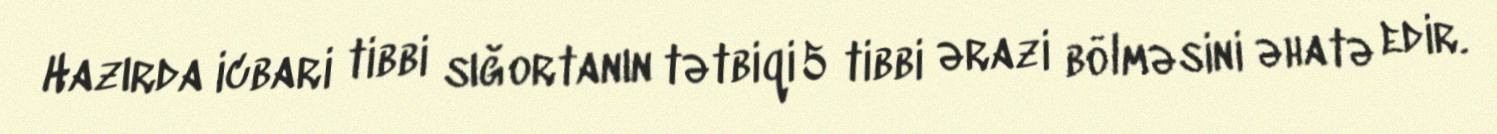
Hazırda icbari tibbi sığortanın tətbiqi 5 tibbi ərazi bölməsini əhatə edir.